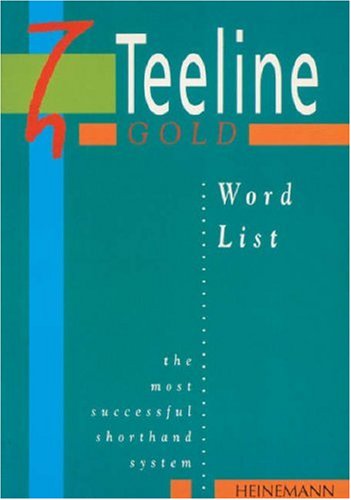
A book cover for Teeline Gold Word List; Mavis Smith; Business & Money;